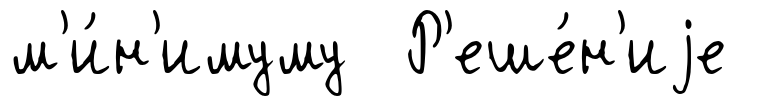
м'и́н'имуму Р'еше́н'иjе